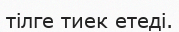
тілге тиек етеді.